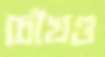
চৌখণ্ড